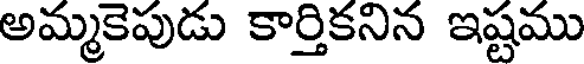
అమ్మకెపుడు కార్తికనిన ఇష్టము